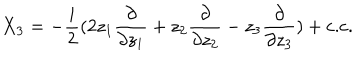
LaTeX: X _ { 3 } = - \frac { i } { 2 } ( 2 z _ { 1 } \frac { \partial } { \partial z _ { 1 } } + z _ { 2 } \frac { \partial } { \partial z _ { 2 } } - z _ { 3 } \frac { \partial } { \partial z _ { 3 } } ) + \mathrm { c . c } .